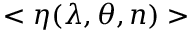
< \eta ( \lambda , \theta , n ) >